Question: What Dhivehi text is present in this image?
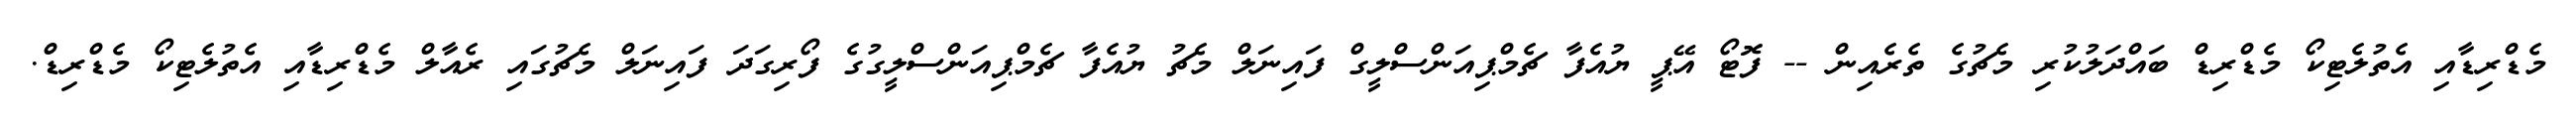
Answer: މެޑްރިޑާއި އެތުލެޓިކޯ މެޑްރިޑް ބައްދަލުކުރި މެޗުގެ ތެރެއިން -- ފޮޓޯ އޭޕީ ޔުއެފާ ޗެމްޕިއަންސްލީގް ފައިނަލް މެޗު ޔުއެފާ ޗެމްޕިއަންސްލީގުގެ ފޯރިގަދަ ފައިނަލް މެޗުގައި ރެއާލް މެޑްރިޑާއި އެތުލެޓިކޯ މެޑްރިޑް.